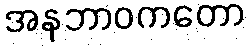
အနဘာဝကတော